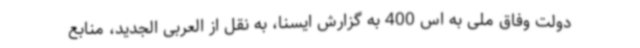
دولت وفاق ملی به اس 400 به گزارش ایسنا، به نقل از العربی الجدید، منابع